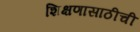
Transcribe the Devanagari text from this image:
शिक्षणासाठीची